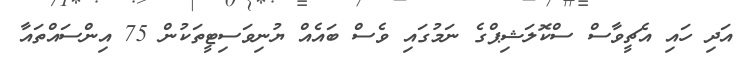
އަދި ހައި އެޗީވާސް ސްކޮލަޝިޕްގެ ނަމުގައި ވެސް ބައެއް ޔުނިވަސިޓީތަކުން 75 އިންސައްތައާ